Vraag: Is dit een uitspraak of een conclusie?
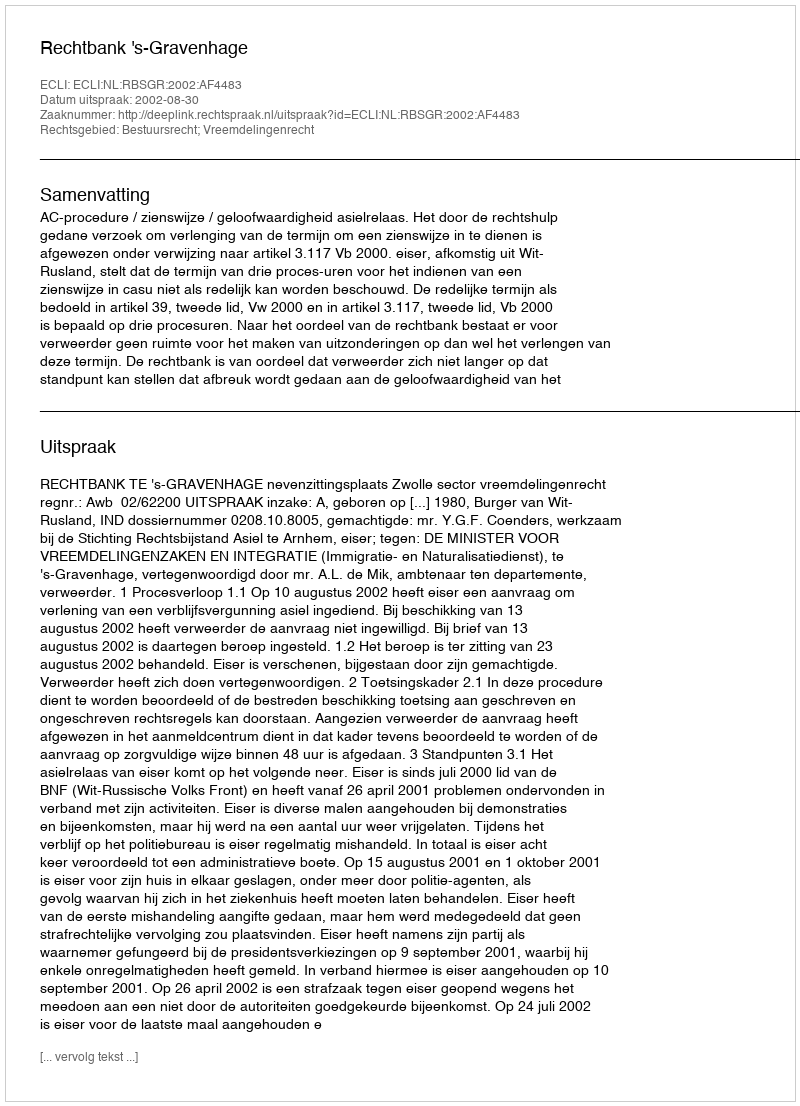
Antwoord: Uitspraak